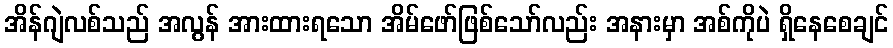
အိန်ဂျဲလစ်သည် အလွန် အားထားရသော အိမ်ဖော်ဖြစ်သော်လည်း အနားမှာ အစ်ကိုပဲ ရှိနေစေချင်